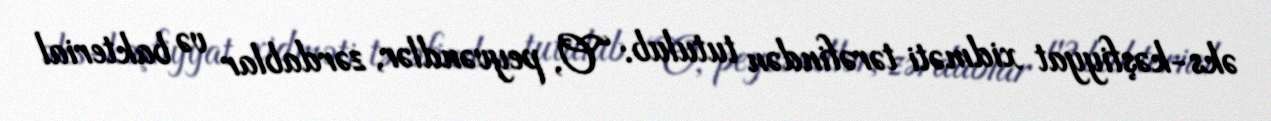
əks-kəşfiyyat xidməti tərəfindən tutulub: “O, peyvəndlər, zərdablar və bakterial